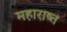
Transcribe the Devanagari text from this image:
महाराष्त